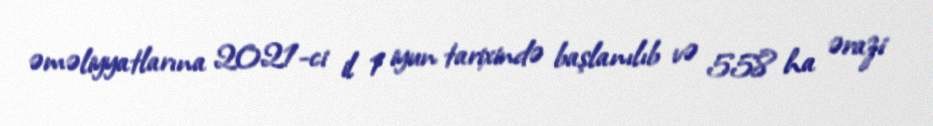
əməliyyatlarına 2021-ci il 1 iyun tarixində başlanılıb və 558 ha ərazi